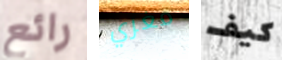
رائع مغري كيف